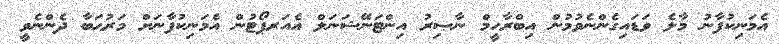
އެމަނިކުފާނު މާލެ ވަޑައިގެންނެވުމުން އިބްރާހީމް ނާޞިރު އިންޓަނޭޝަނަލް އެއަރޕޯޓުން އެމަނިކުފާނަށް މަރުޙަބާ ދެންނެވީ